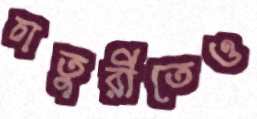
চাতুরীতেও